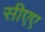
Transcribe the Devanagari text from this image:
सीएए